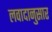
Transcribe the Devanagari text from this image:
लवादानुसार